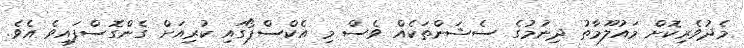
މެދުވެރިކޮށް މައުލޫމާތު ދިނުމުގެ ސެޝަންތަކެއް ވެސް މި އެކްސްޕޯގައި ކުރިއަށް ގެންގޮސްފައިވެ އެވެ.